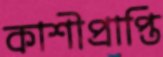
কাশীপ্রাপ্তি